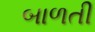
બાળતી